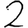
Digit: 2